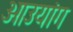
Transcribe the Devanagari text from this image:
ओउयांग